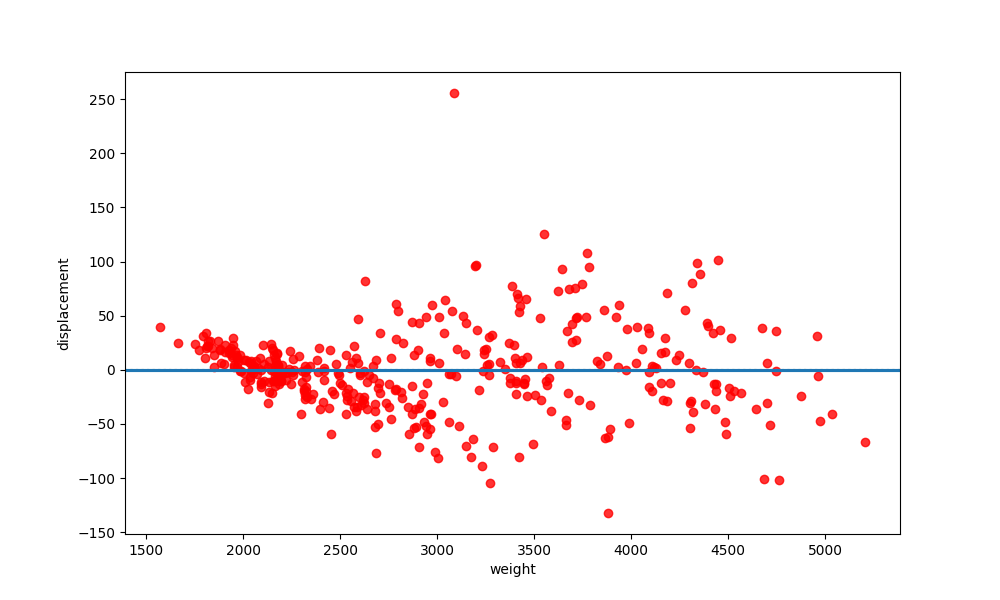
python, seaborn, residplot, lowess=True, scatter_color=red